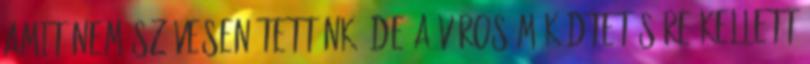
amit nem szívesen tettünk, de a város működtetésére kellett